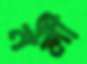
নলী